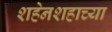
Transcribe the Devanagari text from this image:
शहेनशहाच्या